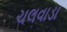
ચલવાડા